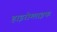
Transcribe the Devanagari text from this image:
हाइरोग्लाइफ